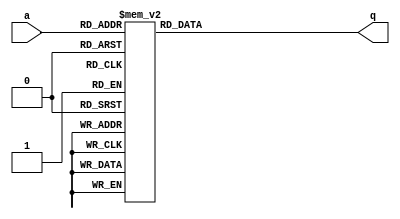
module top_module (
    input [2:0] a,
    output [15:0] q ); 
    
    always @(*) begin
        case(a)
            3'h0: q = 16'h1232;
            3'h1: q = 16'haee0;
            3'h2: q = 16'h27d4;
            3'h3: q = 16'h5a0e;
            3'h4: q = 16'h2066;
            3'h5: q = 16'h64ce;
            3'h6: q = 16'hc526;
            3'h7: q = 16'h2f19;
        endcase
    end

endmodule